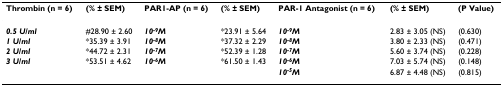
| Thrombin (n = 6) | (% ± SEM) | PAR1-AP (n = 6) | (% ± SEM) | PAR-1 Antagonist (n = 6) | (% ± SEM) | (P Value) |
 | --- | --- | --- | --- | --- | --- | --- |
 | 0.5 U/ml | #28.90 ± 2.60 | 10-9M | *23.91 ± 5.64 | 10-9M | 2.83 ± 3.05 (NS) | (0.630) |
 | 1 U/ml | *35.39 ± 3.91 | 10-8M | *37.32 ± 2.29 | 10-8M | 3.80 ± 2.33 (NS) | (0.471) |
 | 2 U/ml | *44.72 ± 2.31 | 10-7M | *52.39 ± 1.28 | 10-7M | 5.60 ± 3.74 (NS) | (0.228) |
 | 3 U/ml | *53.51 ± 4.62 | 10-6M | *61.50 ± 1.43 | 10-6M | 7.03 ± 5.74 (NS) | (0.148) |
 |  |  |  |  | 10-5M | 6.87 ± 4.48 (NS) | (0.815) |